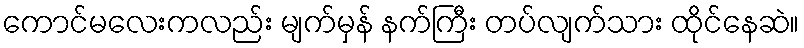
ကောင်မလေးကလည်း မျက်မှန် နက်ကြီး တပ်လျက်သား ထိုင်နေဆဲ။